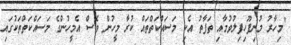
"މިހާރު މުނިފޫހިފިލުވުމާއި ތަފާތު އެކި މަސައްކަތްތައް ކުރާ މީހުން ވެސް އެމީހުންގެ މަސައްކަތްތަކުގައި